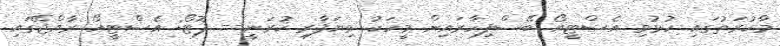
މާކުރަތުގައި ހުޅުވި އެސްޓީއޯ ބޭސްފިހާރައިން މީހަކު ވިޔަފާރި ކުރަނީ-- ފޮޓޯ: އެސްޓީއޯ ރާއްޖޭގައި